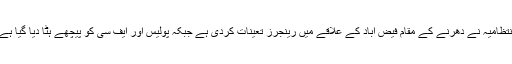
انتظامیہ نے دھرنے کے مقام فیض آباد کے علاقے میں رینجرز تعینات کردی ہے جبکہ پولیس اور ایف سی کو پیچھے ہٹا دیا گیا ہے۔